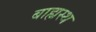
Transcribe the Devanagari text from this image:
बाह्यस्थ